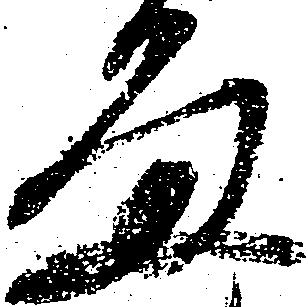
留